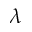
\lambda